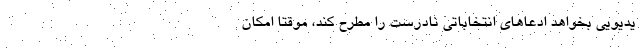
یدیویی بخواهد ادعا‌های انتخاباتی نادرست را مطرح کند، موقتا امکان